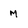
Character: m